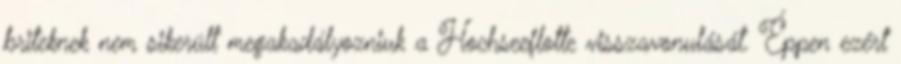
briteknek nem sikerült megakadályozniuk a Hochseeflotte visszavonulását. Éppen ezért